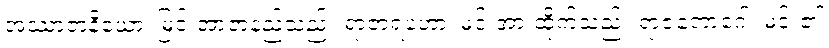
အဿာဇာနိယော၊ မြင်းအာဇာနည်သည်။ ရာဇာရဟော၊ မင်းအားထိုက်သည်။ ရာဇဘောဂေါ၊ မင်း၏